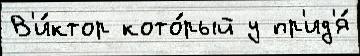
В'и́ктор кото́рый у пр'ид'я́